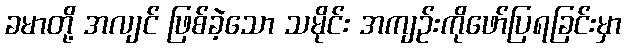
ခမာတို့ အလျင် ဖြစ်ခဲ့သော သမိုင်း အကျဉ်းကိုဖော်ပြရခြင်းမှာ